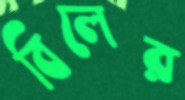
বিলের